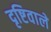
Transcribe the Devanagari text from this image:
दृष्टिवाले